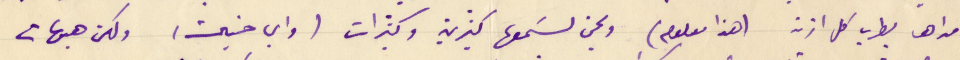
مداها يطرب كل اذن (هذا معلوم) ويحن لسَمعها كثيرين وكثيرات (واي حنين) ولكن هيهات